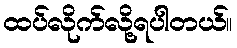
ထပ်လိုက်လို့ရပါတယ်။